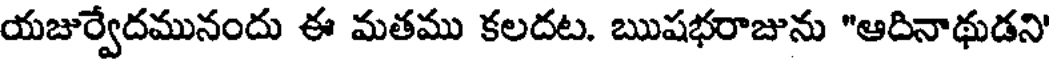
యజుర్వేదమునందు ఈ మతము కలదట. ఋషభరాజును "ఆదినాథుడని